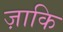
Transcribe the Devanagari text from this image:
ज़ाकि